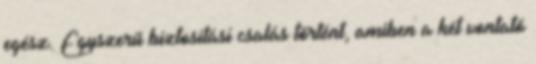
egész. Egyszerű biztosítási csalás történt, amiben a két vontató